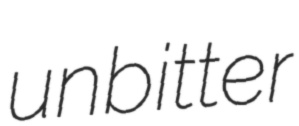
unbitter